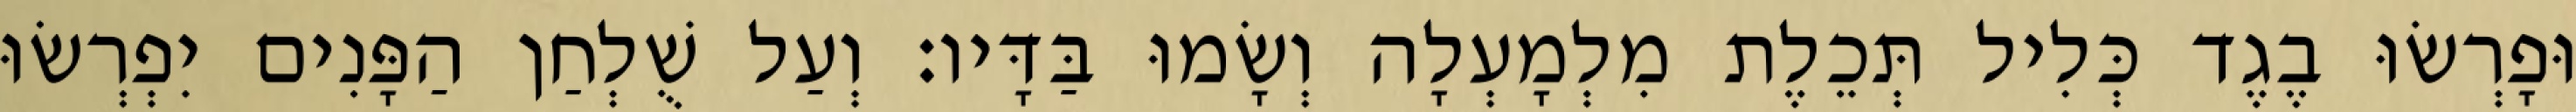
וּפָרְשׂוּ בֶגֶד כְּלִיל תְּכֵלֶת מִלְמָעְלָה וְשָׂמוּ בַּדָּיו׃ וְעַל שֻׁלְחַן הַפָּנִים יִפְרְשׂוּ